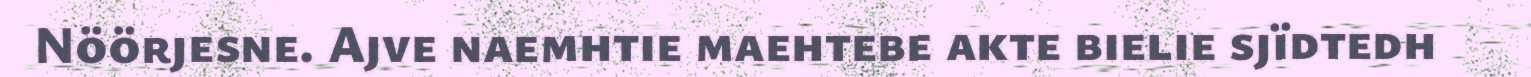
Nöörjesne. Ajve naemhtie maehtebe akte bielie sjïdtedh